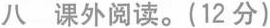
八课外阅读。(12分)